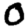
Digit: 0